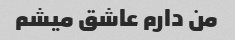
من دارم عاشق میشم